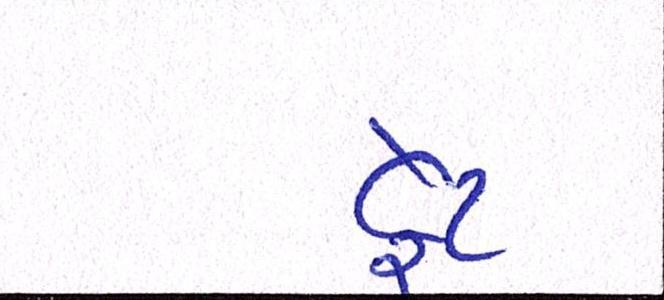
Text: ફેટ